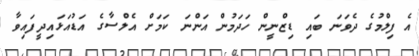
އެ ފިލްމުގެ ދެވަނަ ބައި ޑިޒްނީން ހަދަމުން އަންނަ ކަމަށް އެލްސާގެ އަޑުއަޅައިދީފައިވާ